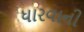
ધારવાની